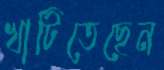
খাটিতেছেন